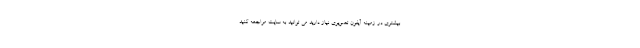
بیشتری در زمینه آیفون تصویری نیاز دارید می توانید به سایت مراجعه کنید